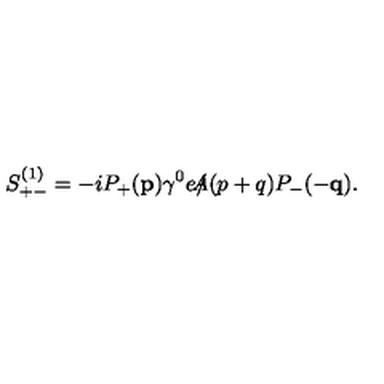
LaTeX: S _ { + - } ^ { ( 1 ) } = - i P _ { + } ( { \bf p } ) \gamma ^ { 0 } e \slash \! \! \! \! A ( p + q ) P _ { - } ( - { \bf q } ) .